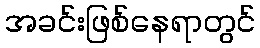
အခင်းဖြစ်နေရာတွင်